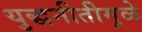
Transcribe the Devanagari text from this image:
युद्धनीतीमुळे